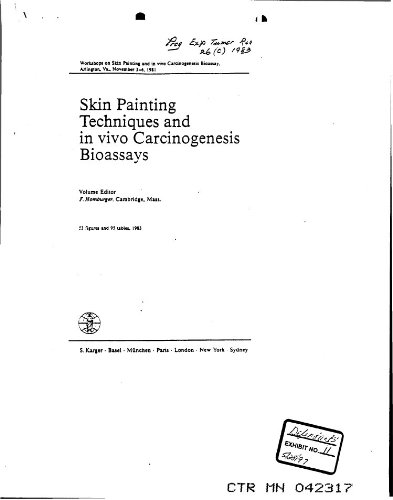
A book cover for Skin Painting Techniques and in vivo Carcinogenesis Bioassays: Workshop, Arlington, Va., November 1981 (Progress in Tumor Research, Vol. 26); Medical Books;